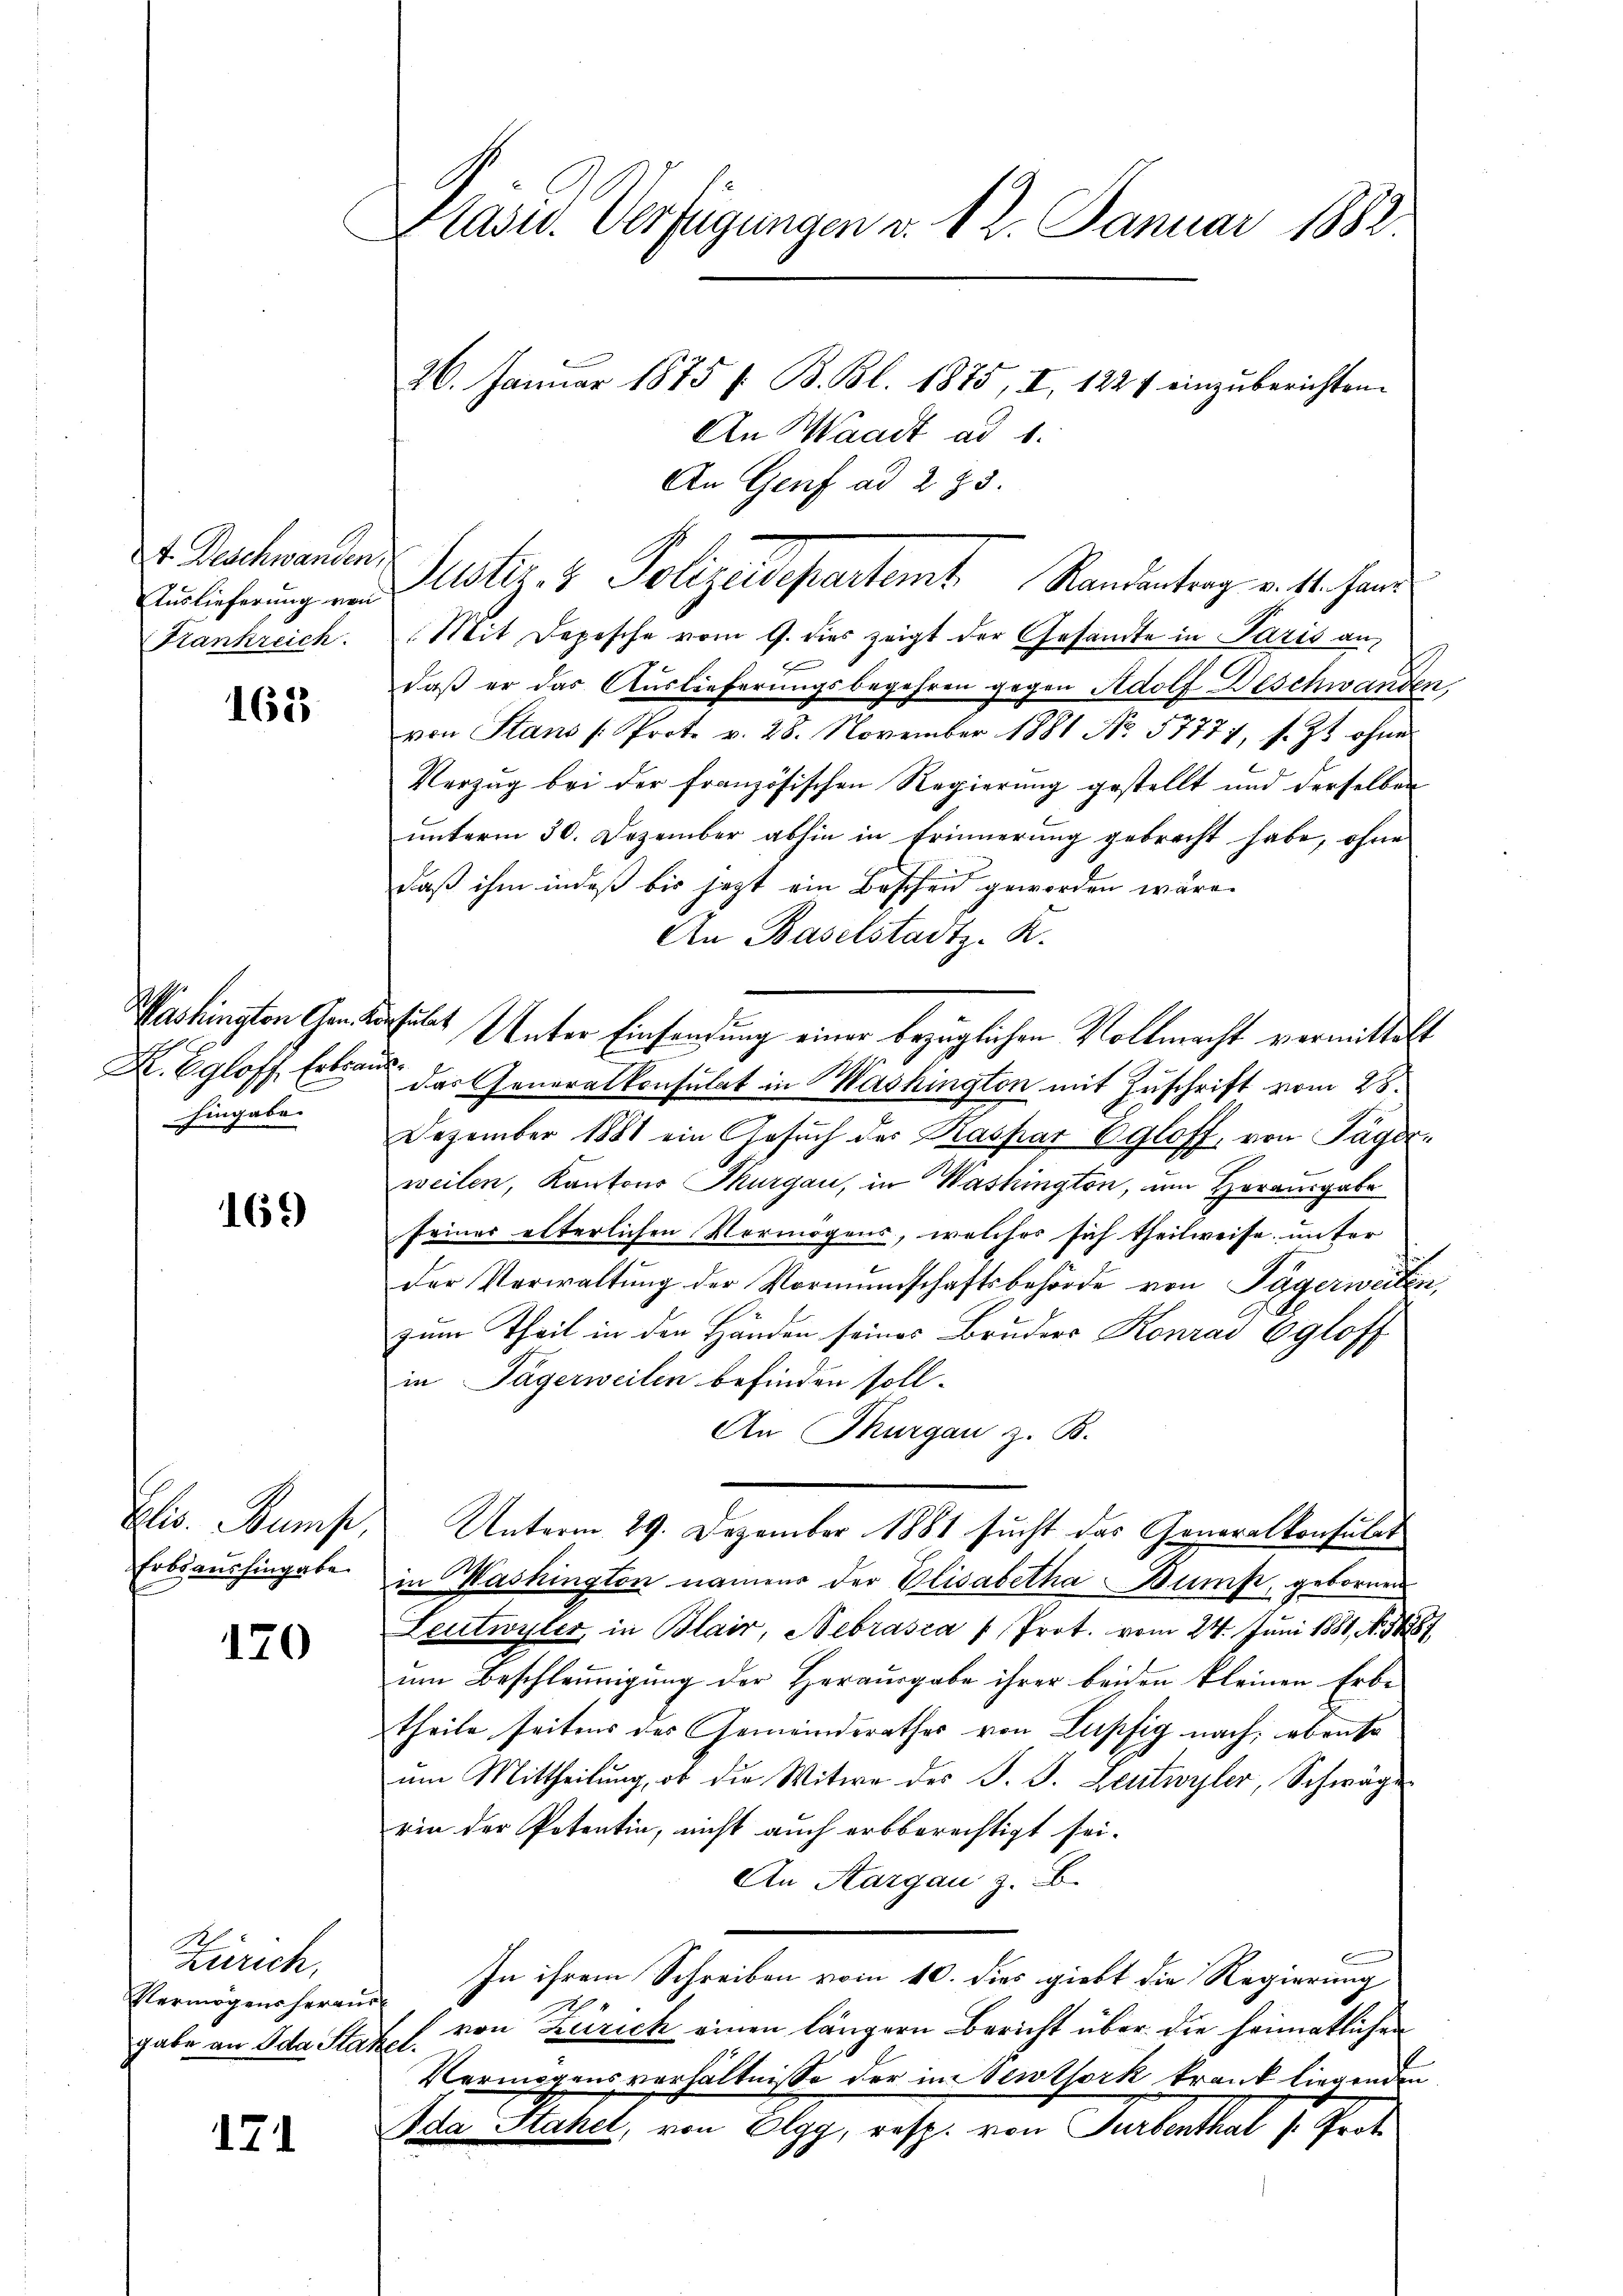
t. Deschwanden,
Auslieferung von
Kankreich.

168

Washington Gener
X. Egloff, Erkraus.
hingabe.

169)

Elis. Stump,
Erbsaushingabe

170

1
Zürich,
Vermögens heraus

17

Präsid. Verfügungen v. 12. Januar 1882.
26. Januar 1875 /: B. Bl. 1875, I, 1227 einzuberichten.
An Waadt ad 1.

An Genf ad 233.
Mit Depesche vom 9. dies zeigt der Gesamte in Paris andaß er das Auslieferungsbegehren gegen Adolf Deschwanden,
u
von Stans /: Prot. v. 28. November 1881 No 57771, s. Zt. ohne
Verzug bei der französischen Regierung gestellt und derselben
unterm 30. Dezember abhin in Erinnerung gebracht habe, ohne
daß ihm indeß bis jetzt ein Bescheid geworden wäre.
An Baselstadtz. R.
sulat Unter Einsendung einer bezüglichen Vollmacht vermittelt
das Generalkonsulat in Mashington mit Zuschrift vom 28.
Dezember 1881 ein Gesŭch des Kaspar Egloff, von Sager-
weilen, Kantons Thurgau, in Washington, um Horausgabe
feiner elterlichen Vermögens, welches sich theilweise, unter
der Verwaltŭng der Vormundschaftsbehörde von Tägerweiten,
zum Theil in den Händen seines Bruders Konrad Egloff
in Tägerweilen befinden soll.
An Thurgau z. B.
Unterm 29. Dezember 1881 sucht das Generalkonsulat
in Washington namens der Elisabetha Bumpt, gebornen
Leutwyler in Blair, Nebrasia Prot. vom 24. Juni 1881, No. 1887
um Beschleunigung der Herausgabe ihrer beiden kleinen Erbe
theile seitens des Gemeinderathes von Lupfig nach ebenso
ŭm Mittheilung, ob die Witwe des J. J. Leutwyler, Schwäge
rin der Potentin, nicht auch erbberechtigt sei.
An Aargau z. B.
In ihrem Schreiben vom 10. dies giebt die Regierung
10
gabe an Ida Stat l. von Zürich einen längern Bericht über die heimatlichen
Vermögensverhältnisse der im Seitsock krank liegenden
da Stahel, von Elgg, resp. von Turbenthal v. Prot

Justiz- & Polizeidepartemt. Randantrag v. 4. Han¬